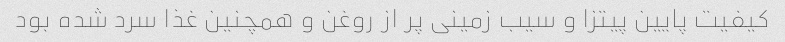
کیفیت پایین پیتزا و سیب زمینی پر از روغن و همچنین غذا سرد شده بود